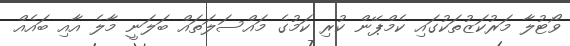
ވޯޓުލާ މަރުކަޒުތަކުގައި ކެމްޕޭން ކުރި ކަމުގެ މައްސަލަތައް ބަލަނީ މާލެ އާއި ބައެއް